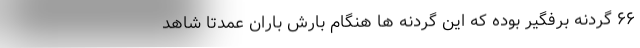
۶۶ گردنه برفگیر بوده که این گردنه ها هنگام بارش باران عمدتا شاهد